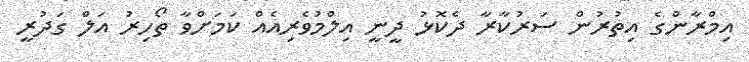
އިމްރާންގެ އިތުރުން ސަރުކާރާ ދެކޮޅު ދީނީ އިލްމުވެރިއެއް ކަމަށްވާ ތޯހިރު އަލް ގަދުރީ